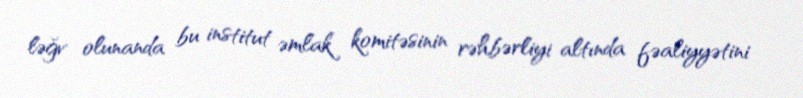
ləğv olunanda bu institut əmlak komitəsinin rəhbərliyi altında fəaliyyətini